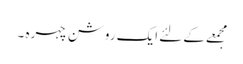
مجمعے کے لئے ایک روشن چہرہ ۔